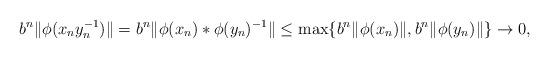
LaTeX: \begin{align*}b^n\|\phi(x_n y_n^{-1})\|=b^n\|\phi(x_n)*\phi(y_n)^{-1}\|\leq \max\{b^n\|\phi(x_n)\|,b^n\|\phi(y_n)\|\}\to 0,\end{align*}